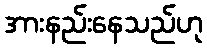
အားနည်းနေသည်ဟု